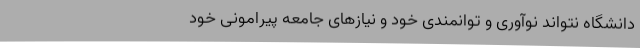
دانشگاه نتواند نوآوری و توانمندی خود و نیازهای جامعه‌ پیرامونی خود